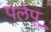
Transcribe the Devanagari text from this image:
पलेपू